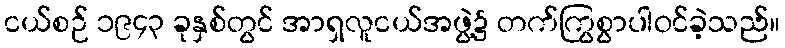
ငယ်စဉ် ၁၉၄၃ ခုနှစ်တွင် အာရှလူငယ်အဖွဲ့၌ တက်ကြွစွာပါဝင်ခဲ့သည်။